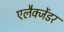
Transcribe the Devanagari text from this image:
एलैक्जेंडर